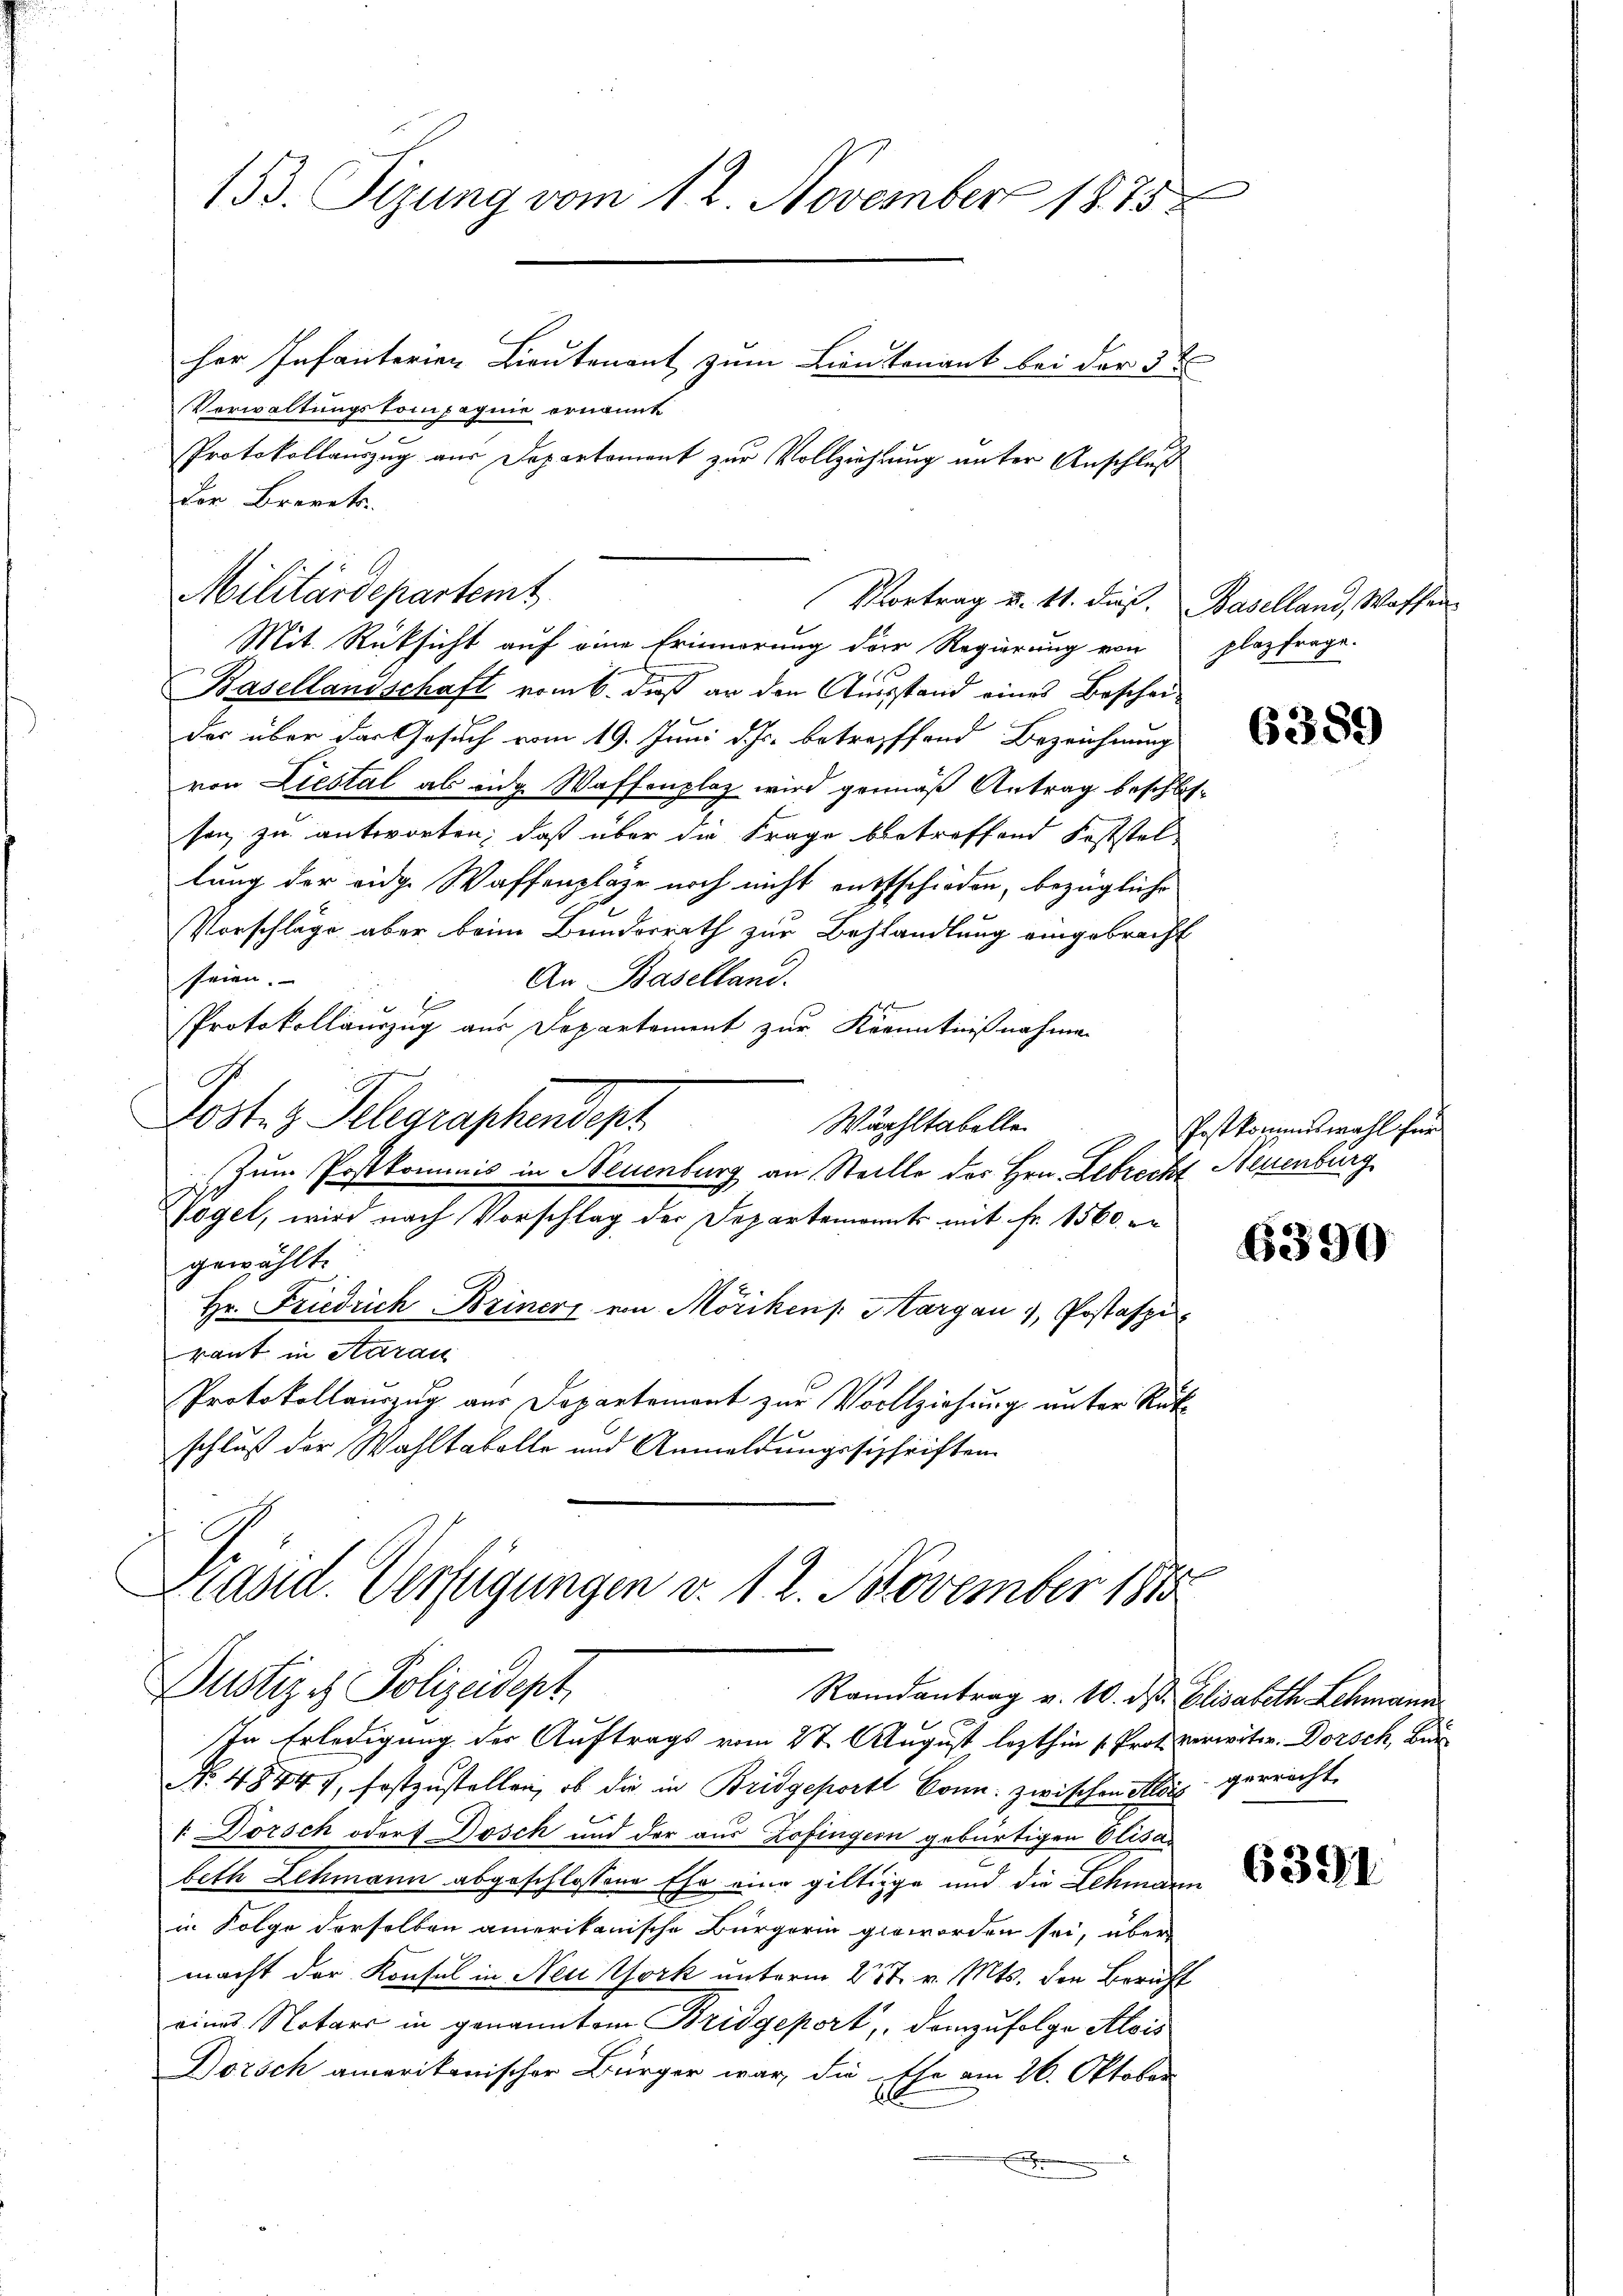
153. Sizung vom 12. November 1875
her Infanterien Lieutenant zum Lieutenant bei der 3 t

Verwaltungskompagnie ernannt
Protokollauszug aus Departement zur Vollziehung unter Anschluß
Der Brevet.
Militärdepartemt
Mit Rücksicht auf eine Erinnerung der Regierung von plazfrage-
Basellanschaft vom 6. dieß an den Ausstand eines Bescheider über der Gesuch vom 19. Juni d. Js. betreffend Bezeichnung
von Liestal ab eine Waffenplaz wird gemäß Antrag beschlossen zu antworten; daß über die Frage betreffend Feststel
lung der eidg. Waffenpläge noch nicht entschieden, bezügliche
Vorschläge aber beim Bunderrath zur Behhandlung eingebracht
seien.
An Baselland.
s
PProtokollauszug aus Departement zur Kenntnißnahmen
Dosten Pelegraphendept
Wurhltabelle
Zum Postkommnis in Neuenburg an Stelle des Hrn. Lebrecht Neuenburg
Vögel, wird nach Vorschlag der Departemonats mit Fr. 1560. er
gewählt.
Hr. Friedrich Briners von Mörikens. Margau, Postaspi
raut in Aarau
Protokollauszug aus Departement zur Vollziehung unter Rückschluß der Wahltakolle und Anmeldungssischriften

Vortrag u. 11. dieß, Baselland, Waffen

Präsid. Verfügungen v. 12. November 1875
Justiz & Polizeidept
Randantrag v. 20. ds. Elisabeth Lehmann

In Erledigung der Auftrags vom 27. August lezthin (Prot verwitw. Dorsch, Bar
No 48447, festzustellen, ob die in Bridgeport Conn zwischen Morgerricht
. Dörsch oder Dosch und der aus Zofingern gebürtigen Elisabeth Lehmann abgeschlossene Ehe eine giltige und die Lehmann
in Folge derselben amerikanische Bürgerin geworden sei, über
i
macht der Konsul in Neu York unterm 25t v. Mts. den Bericht
eines Notars in genanntem Bridgeport, demzufolge Alois
Dorsch amerikanischer Bürger war, die Ehe am 26. Oktober
x

6389

Postkommiswahl für

6390

6391